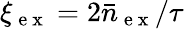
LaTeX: \xi_{\mathrm{~e~x~}}=2\bar{n}_{\mathrm{~e~x~}}/\tau